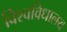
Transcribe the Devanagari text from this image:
विश्‍वविधालय